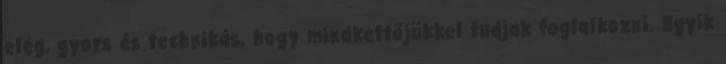
elég, gyors és technikás, hogy mindkettőjükkel tudjak foglalkozni. Egyik